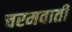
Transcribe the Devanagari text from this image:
चरमवाती